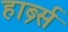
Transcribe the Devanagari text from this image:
हार्ब्र्स